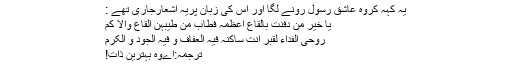
یہ کہہ کروہ عاشقِ رسول رونے لگا اور اُس کی زَبان پریہ اَشعارجاری تھے :
یَا خَیْرَ مَنْ دُفِنَتْ بِالْقَاعِ اَعْظُمُہٗ فَطَابَ مِنْ طِیْبِہِنَّ الْقَاعُ وَالْاَ کَمْ
رُوْحِی الْفِدَاءُ لِقَبْرٍ اَنْتَ سَاکِنُہٗ فِیْہِ الْعِفَافُ وَ فِیْہِ الْجُوْدُ وَ الْکَرَمْ
ترجمہ:اےوہ بہترین ذات!